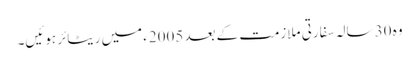
وہ 30 سالہ سفارتی ملازمت کے بعد 2005ء میں ریٹائر ہوئیں۔